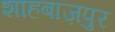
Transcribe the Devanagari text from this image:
शाहबाज़पुर